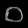
Digit: ၀